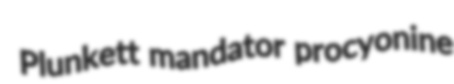
Plunkett mandator procyonine